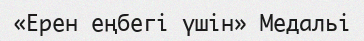
«Ерен еңбегі үшін» Медальі